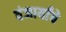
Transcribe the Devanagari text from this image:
वंजार्यांचे